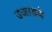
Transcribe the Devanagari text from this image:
उजाडणे